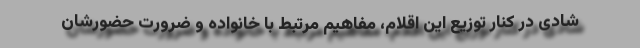
شادی در کنار توزیع این اقلام، مفاهیم مرتبط با خانواده و ضرورت حضورشان